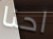
احنا